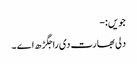
جویں:-
دلی بھارت دی راجگڑھ اے ۔